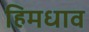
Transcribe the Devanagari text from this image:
हिमधाव